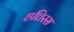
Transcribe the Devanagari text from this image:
हत्तिस्स